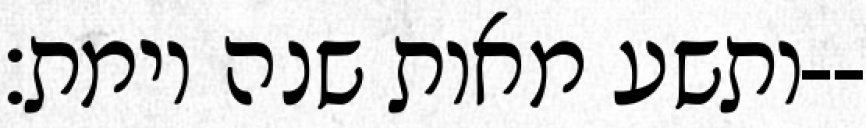
ותשע מאות שנה וימת׃--